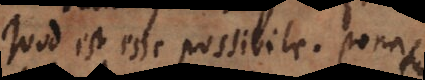
Quod est esse possibile. Ponatur